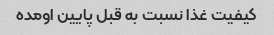
کیفیت غذا نسبت به قبل پایین اومده